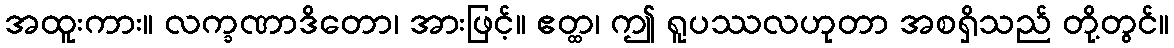
အထူးကား။ လက္ခဏာဒိတော၊ အားဖြင့်။ ဧတ္ထ၊ ဤ ရူပဿလဟုတာ အစရှိသည် တို့တွင်။